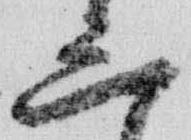
三